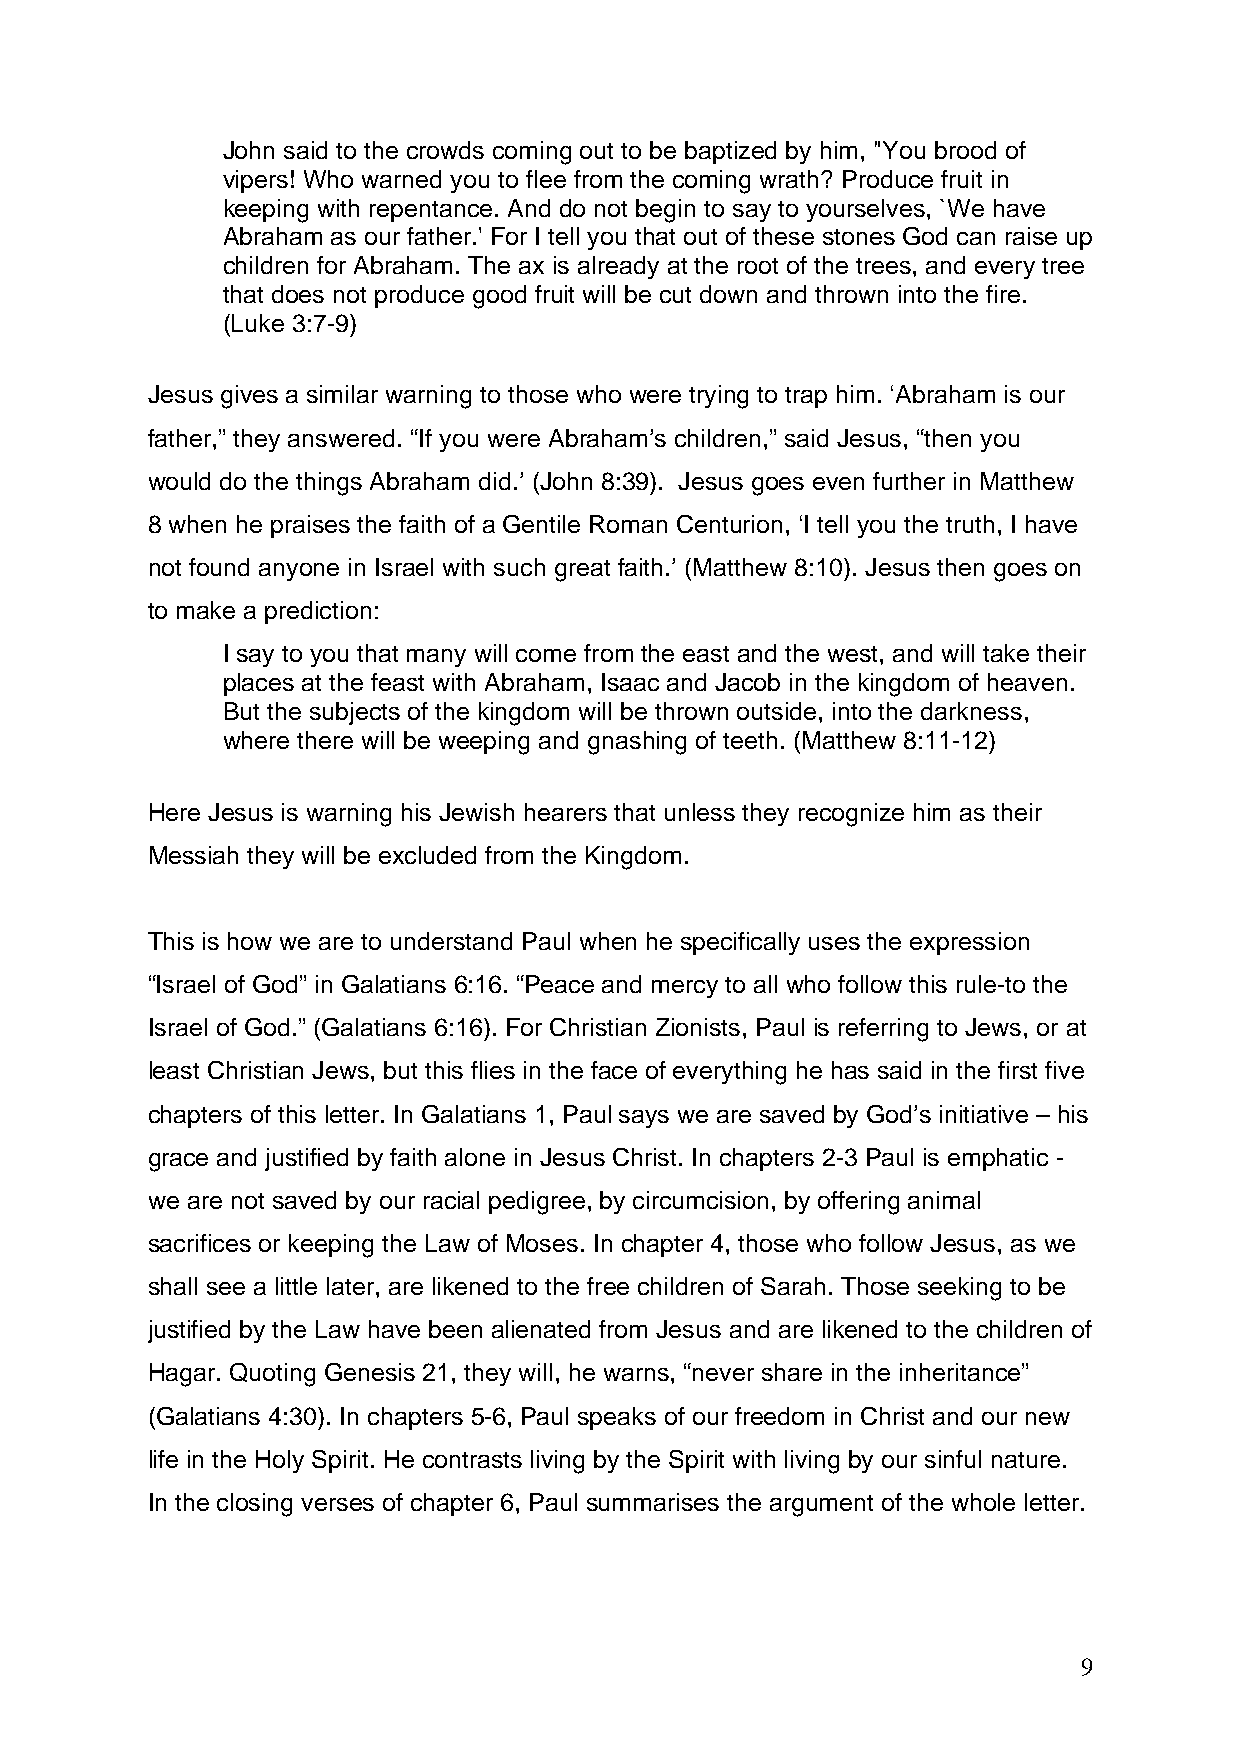
John said to the crowds coming out to be baptized by him, "You brood of
 vipers! Who warned you to flee from the coming wrath? Produce fruit in
 keeping with repentance. And do not begin to say to yourselves, `We have
 Abraham as our father.' For I tell you that out of these stones God can raise up
 children for Abraham. The ax is already at the root of the trees, and every tree
 that does not produce good fruit will be cut down and thrown into the fire.
 (Luke 3:7-9)
 Jesus gives a similar warning to those who were trying to trap him. ‘Abraham is our
 father,” they answered. “If you were Abraham’s children,” said Jesus, “then you
 would do the things Abraham did.’ (John 8:39). Jesus goes even further in Matthew
 8 when he praises the faith of a Gentile Roman Centurion, ‘I tell you the truth, I have
 not found anyone in Israel with such great faith.’ (Matthew 8:10). Jesus then goes on
 to make a prediction:
 I say to you that many will come from the east and the west, and will take their
 places at the feast with Abraham, Isaac and Jacob in the kingdom of heaven.
 But the subjects of the kingdom will be thrown outside, into the darkness,
 where there will be weeping and gnashing of teeth. (Matthew 8:11-12)
 Here Jesus is warning his Jewish hearers that unless they recognize him as their
 Messiah they will be excluded from the Kingdom.
 This is how we are to understand Paul when he specifically uses the expression
 “Israel of God” in Galatians 6:16. “Peace and mercy to all who follow this rule-to the
 Israel of God.” (Galatians 6:16). For Christian Zionists, Paul is referring to Jews, or at
 least Christian Jews, but this flies in the face of everything he has said in the first five
 chapters of this letter. In Galatians 1, Paul says we are saved by God’s initiative – his
 grace and justified by faith alone in Jesus Christ. In chapters 2-3 Paul is emphatic -
 we are not saved by our racial pedigree, by circumcision, by offering animal
 sacrifices or keeping the Law of Moses. In chapter 4, those who follow Jesus, as we
 shall see a little later, are likened to the free children of Sarah. Those seeking to be
 justified by the Law have been alienated from Jesus and are likened to the children of
 Hagar. Quoting Genesis 21, they will, he warns, “never share in the inheritance”
 (Galatians 4:30). In chapters 5-6, Paul speaks of our freedom in Christ and our new
 life in the Holy Spirit. He contrasts living by the Spirit with living by our sinful nature.
 In the closing verses of chapter 6, Paul summarises the argument of the whole letter.
 9